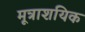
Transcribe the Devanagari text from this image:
मूत्राशयिक